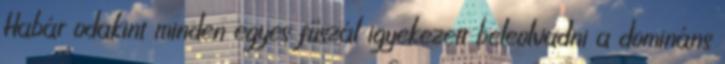
Habár odakint minden egyes fűszál igyekezett beleolvadni a domináns